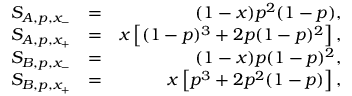
\begin{array} { r l r } { S _ { A , p , x _ { - } } } & { = } & { ( 1 - x ) p ^ { 2 } ( 1 - p ) , } \\ { S _ { A , p , x _ { + } } } & { = } & { x \left[ ( 1 - p ) ^ { 3 } + 2 p ( 1 - p ) ^ { 2 } \right] , } \\ { S _ { B , p , x _ { - } } } & { = } & { ( 1 - x ) p ( 1 - p ) ^ { 2 } , } \\ { S _ { B , p , x _ { + } } } & { = } & { x \left[ p ^ { 3 } + 2 p ^ { 2 } ( 1 - p ) \right] , } \end{array}